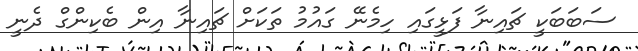
ސަބަބަކީ ޗައިނާ ފަޅީގައި ހިމެނޭ ގައުމު ތަކަށް ޗައިނާ އިން ބެކިންގް ދެނީ